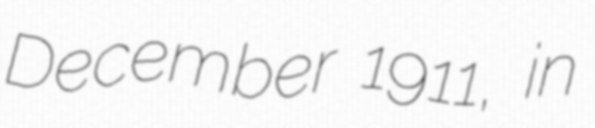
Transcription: December 1911, in